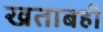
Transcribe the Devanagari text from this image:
खताबही